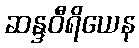
ဆန္ဒဝီရိယေန